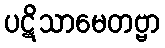
ပဋိသာမေတဗ္ဗာ